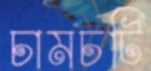
চামচটি